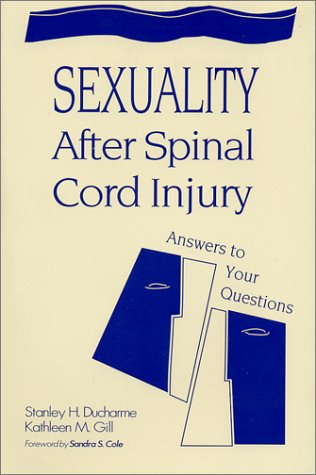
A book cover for Sexuality After Spinal Cord Injury :  Answers to Your Questions; Stanley H. DuCharme; Health, Fitness & Dieting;